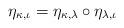
LaTeX: \begin{align*} \eta_{\kappa , \iota} = \eta_{\kappa , \lambda} \circ \eta_{\lambda,\iota}\end{align*}